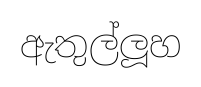
ඇතුල්ලූහ